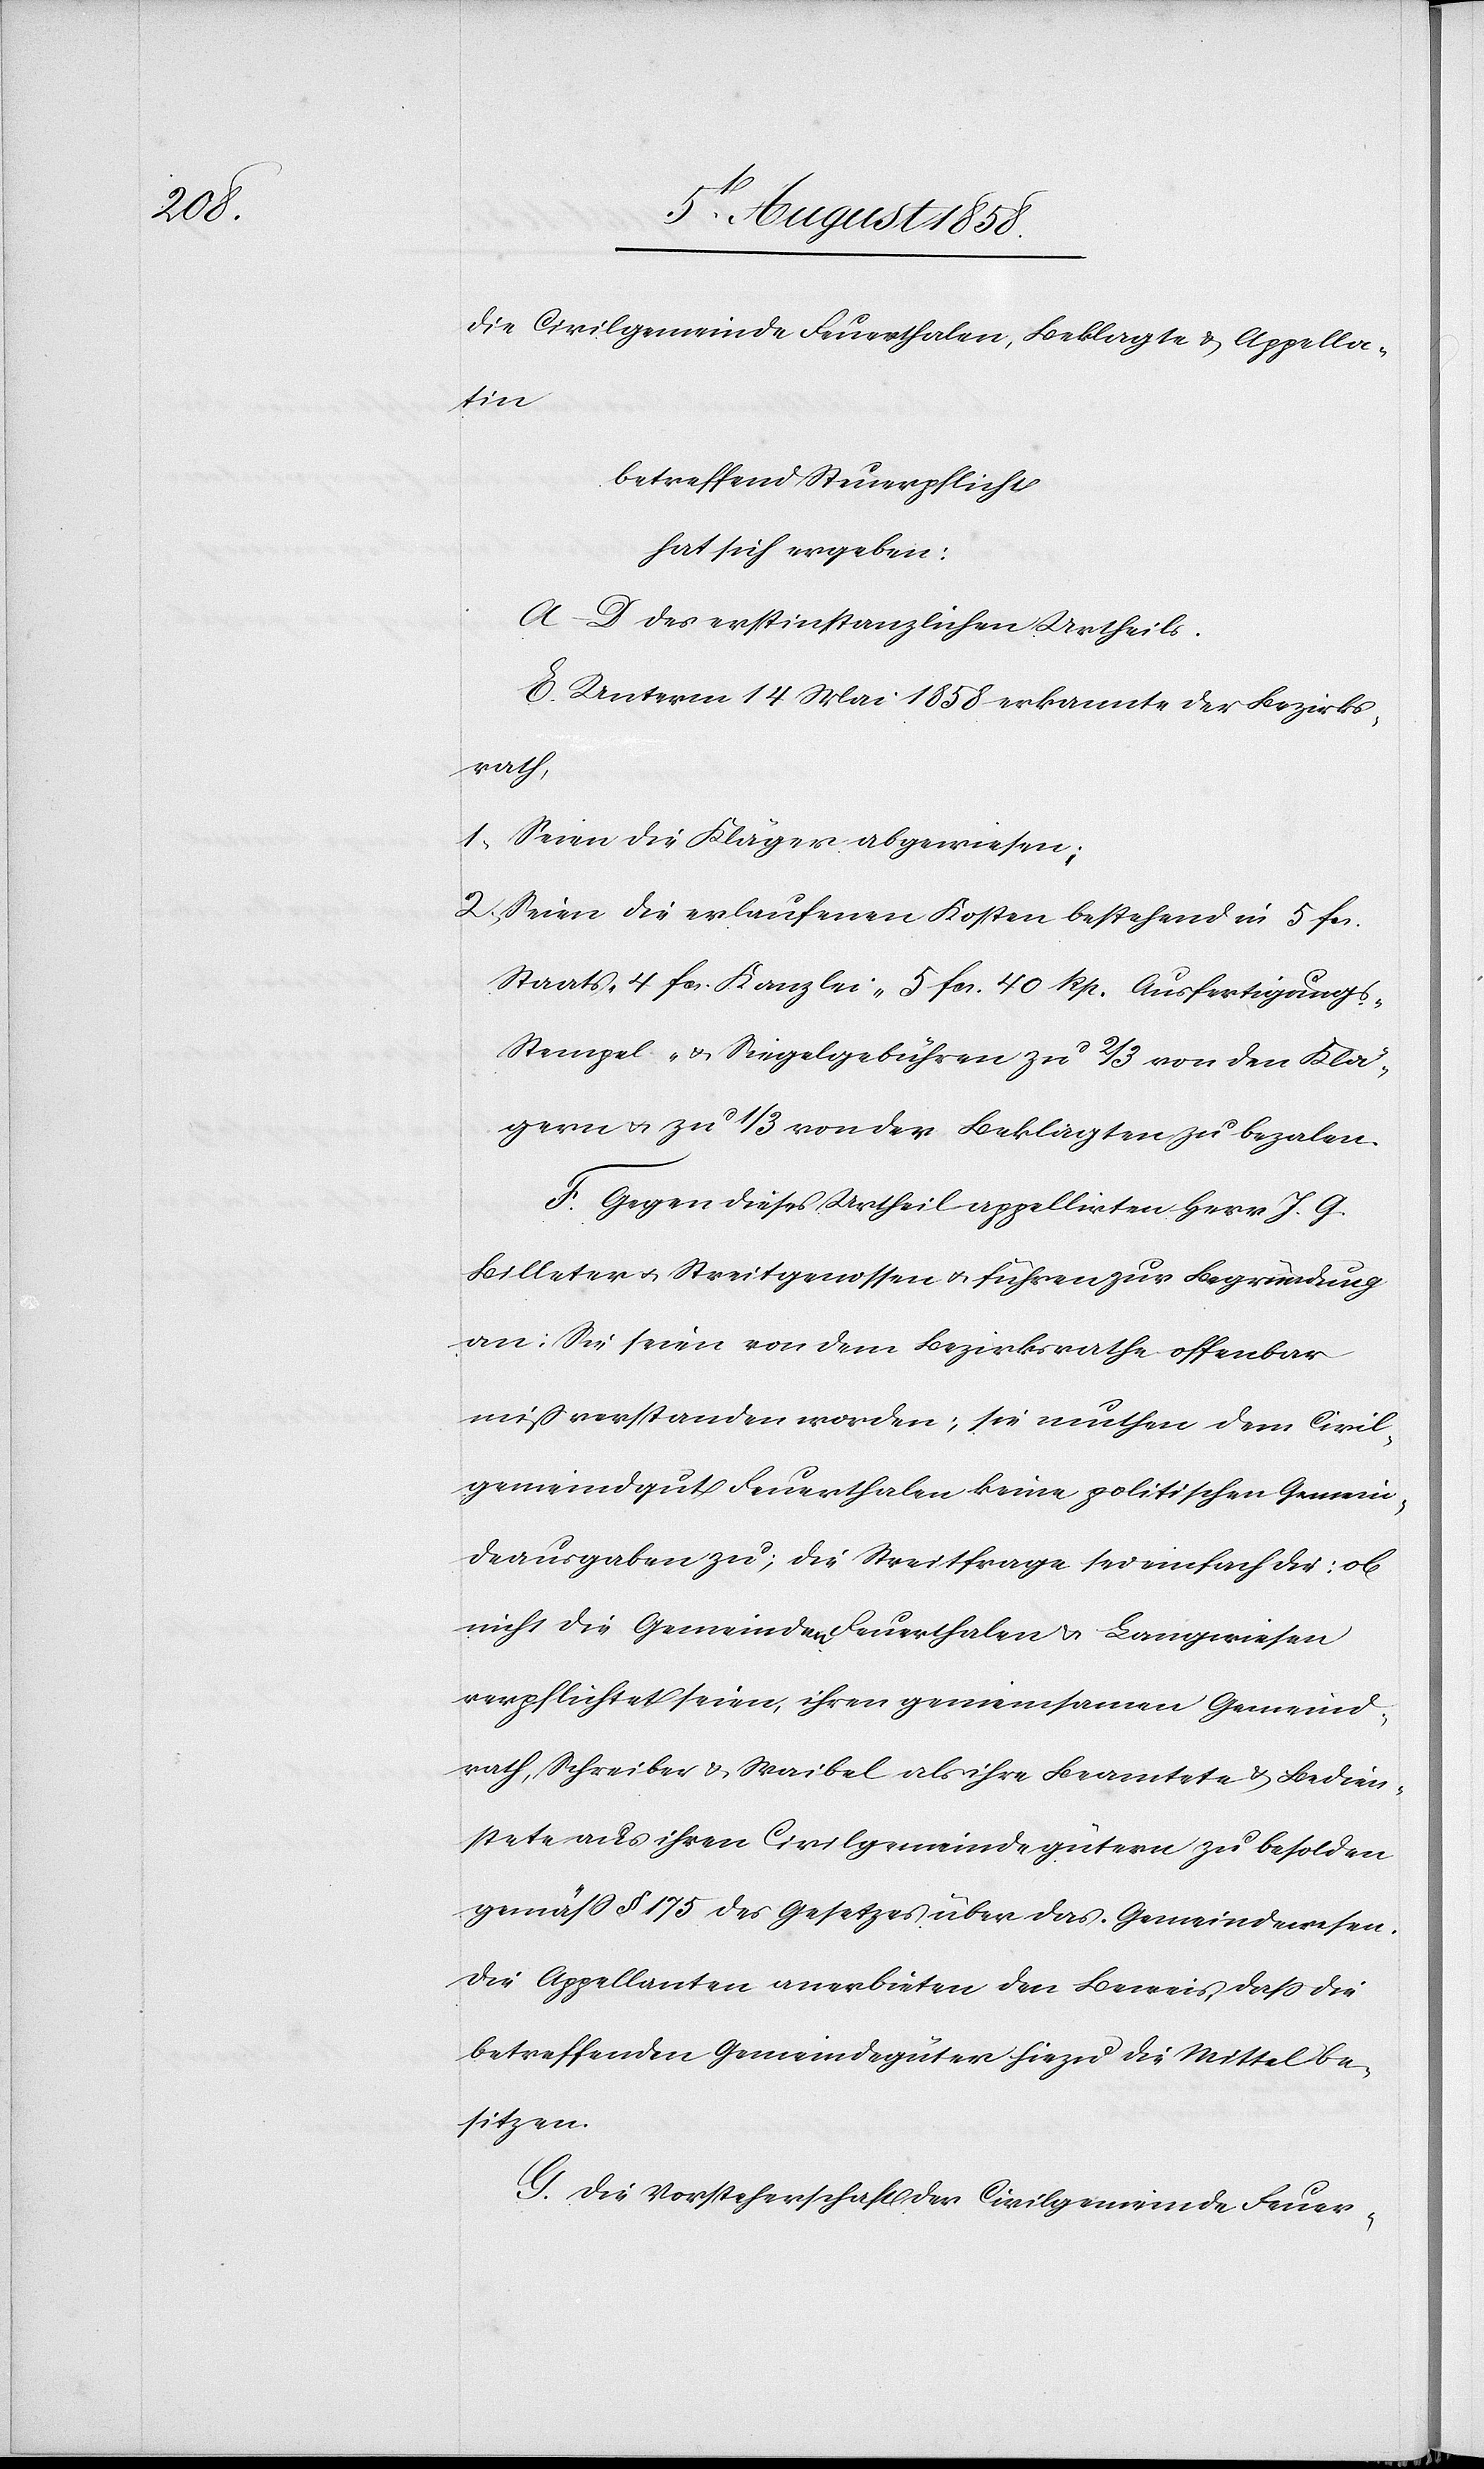
die Civilgemeinde Feuerthalen, Beklagte & Appella¬
tin
betreffend Steuerpflicht
hat sich ergeben:
A–D des erstinstanzlichen Urtheils.
E. Unterm 14 Mai 1858 erkannte der Bezirks¬
rath,
Seien die Kläger abgewiesen;
Seien die erlaufenen Kosten bestehend in 5 fcs.
Staats-[,] 4 fcs. Kanzlei-[,] 5 fcs. 40 Rp. Ausfertigungs-[,]
Stempel- & Siegelgebühren zu 2/3 von den Klä¬
gern & zu 1/3 von der Beklagten zu bezalen.
F. Gegen dieses Urtheil appellirten Herr J. G.
Billeter & Streitgenossen & führen zur Begründung
an: Sie seien von dem Bezirksrathe offenbar
missverstanden worden; sie muthen dem Civil¬
gemeindgut Feuerthalen keine politischen Gemein¬
deausgaben zu; die Streitfrage sei einfach die: ob
nicht die Gemeinden Feuerthalen & Langwiesen
verpflichtet seien, ihren gemeinsamen Gemeind¬
rath, Schreiber & Waibel als ihre Beamtete & Bedien¬
stete aus ihren Civilgemeindegütern zu besolden
gemäss § 175 des Gesetzes über das Gemeindewesen.
Die Appellanten anerbieten den Beweis, dass die
betreffenden Gemeindegüter hiezu die Mittel be¬
sitzen.
G. Die Vorsteherschaft der Civilgemeinde Feuer-